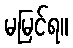
မမြင်ရ။